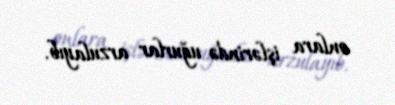
onlara işlərində uğurlar arzulayıb.